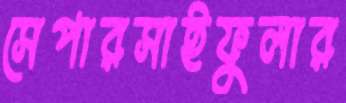
সেপারসাইফুলার